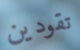
تقودين